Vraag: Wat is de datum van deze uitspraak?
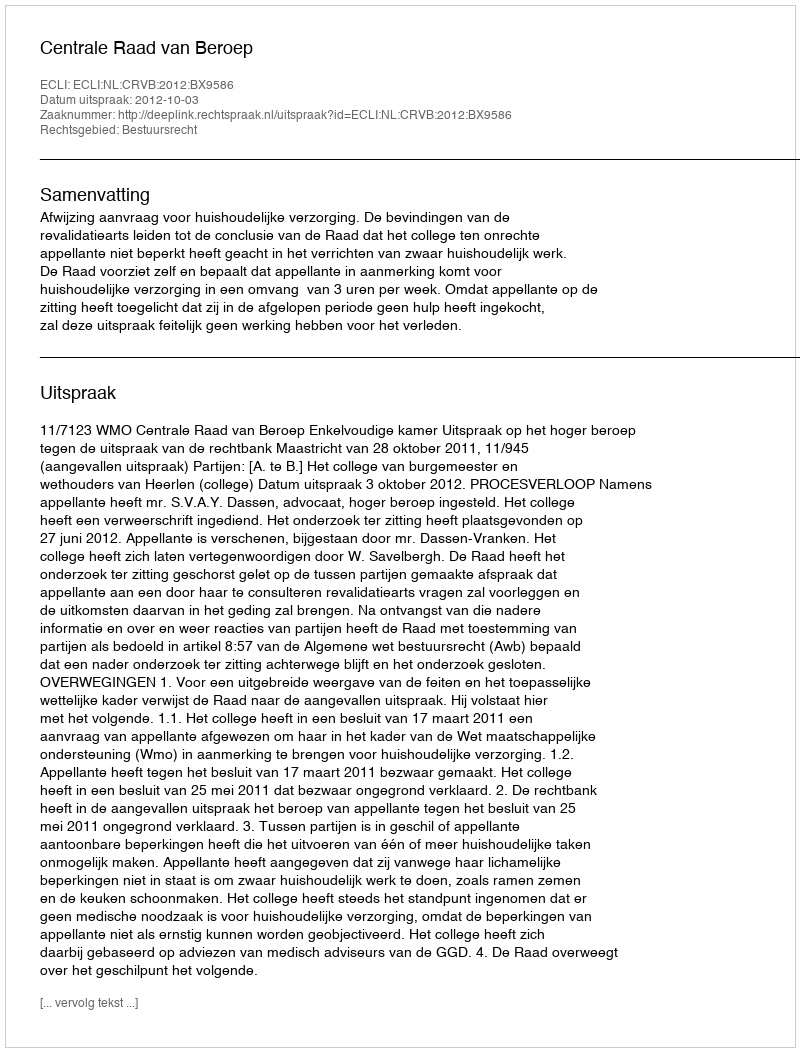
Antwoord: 2012-10-03